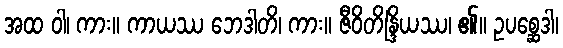
အထ ဝါ၊ ကား။ ကာယဿ ဘေဒါတိ၊ ကား။ ဇီဝိတိန္ဒြိယဿ၊ ၏။ ဥပစ္ဆေဒါ၊